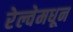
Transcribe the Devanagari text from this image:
रेल्वेमधून